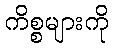
ကိစ္စများကို